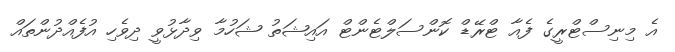
އެ މިނިސްޓްރީގެ ފެއާ ޓްރޭޑް ކޮންސަލްޓެންޓް އައިޝަތު ޝަހުމާ ވިދާޅުވީ ދިވެހި އުފެއްދުންތައް